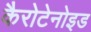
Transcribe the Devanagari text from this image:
कैरोटेनोइड